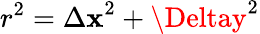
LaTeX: r^{2}={\Delta\mathbf{x}}^{2}+{\Deltay}^{2}